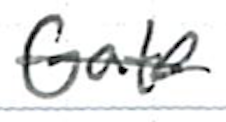
Text: Gate
Cross-out: single-line
Writing tool: ballpoint